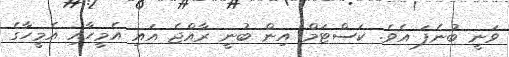
ވަނީ ބުނެފަ އެވެ. ކަސްޓަމް އިން ބުނީ ރާއްޖެ އައި އެމީހާއި އެމީހާގެ